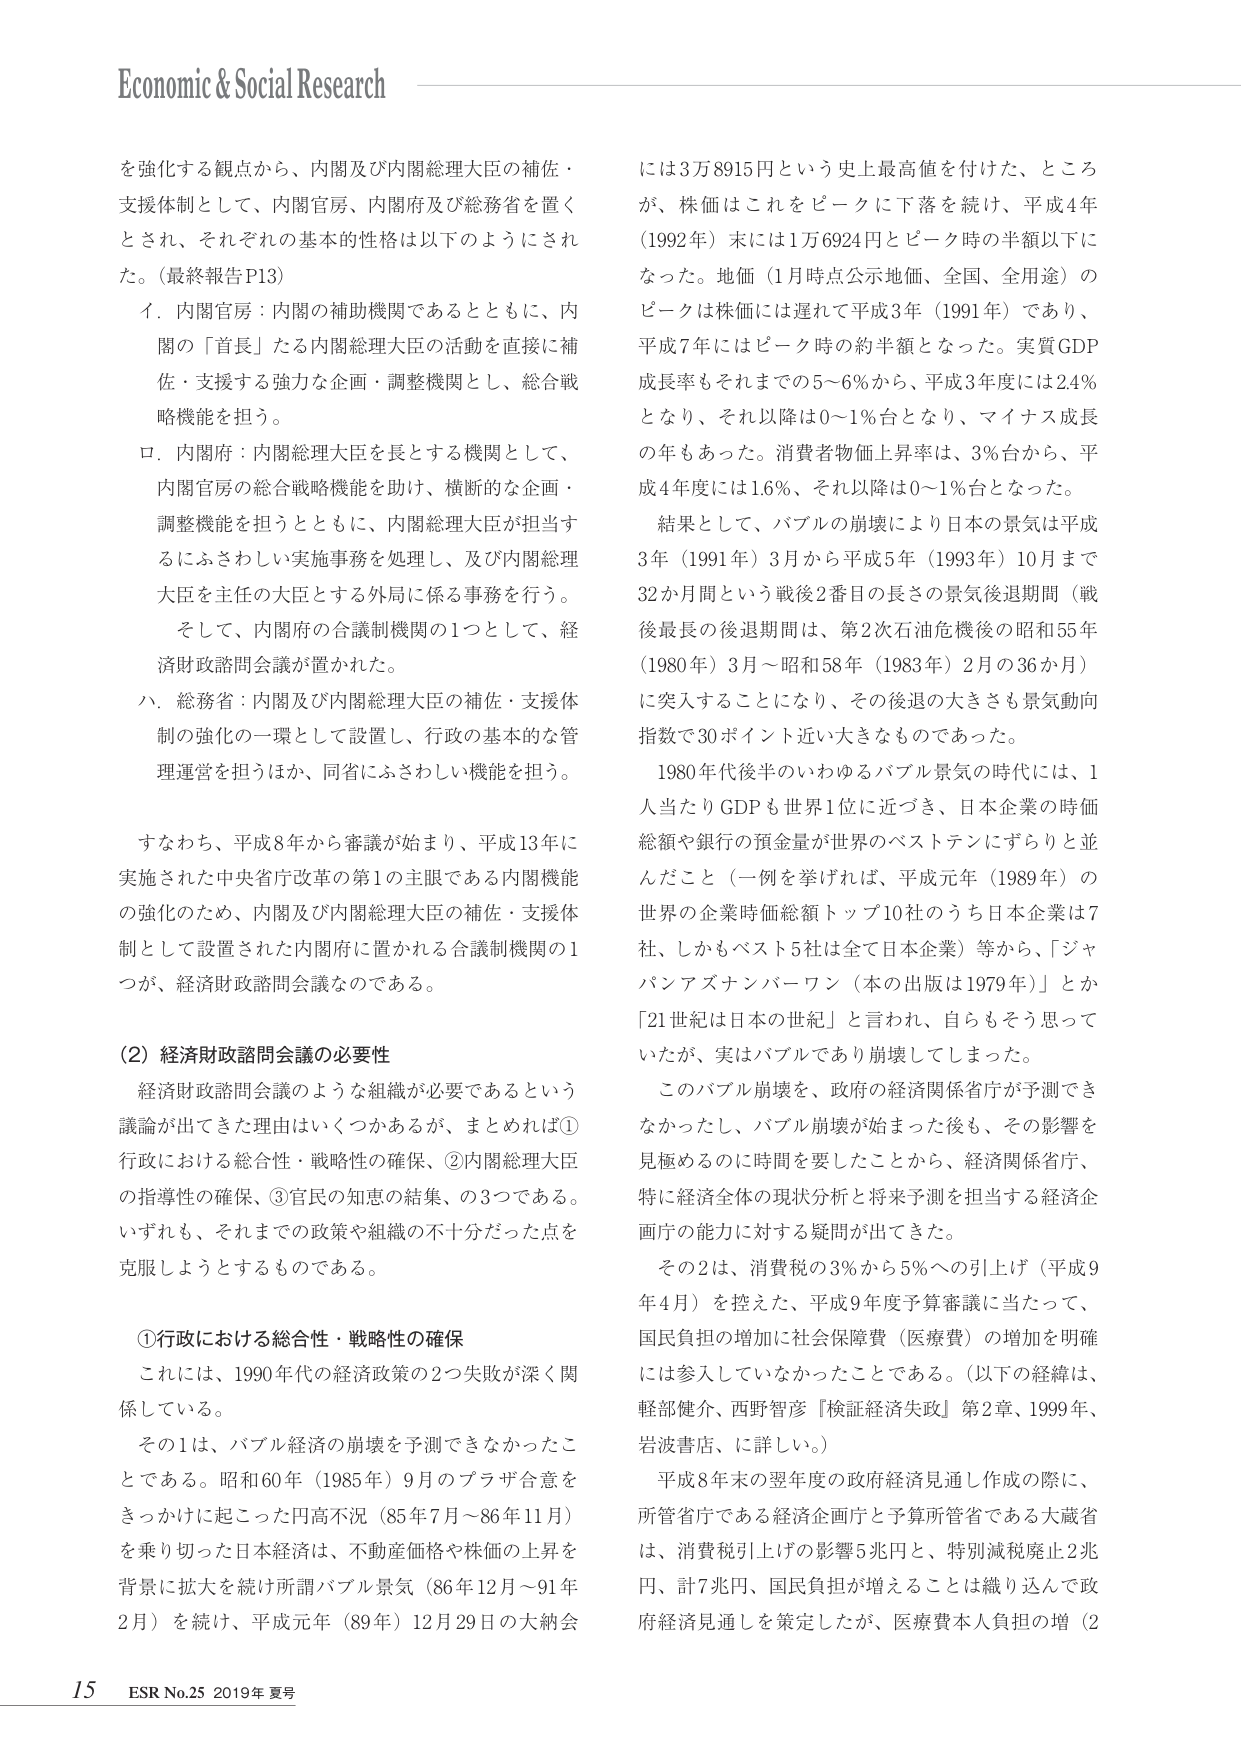
Economic & Social Research

を強化する観点から、内閣及び内閣総理大臣の補佐・
支援体制として、内閣官房、内閣府及び総務省を置く
とされ、それぞれの基本的性格は以下のようにされ
た。（最終報告P13）

イ．内閣官房：内閣の補助機関であるとともに、内
閣の「首長」たる内閣総理大臣の活動を直接に補
佐・支援する強力な企画・調整機関とし、総合戦
略機能を担う。

ロ．内閣府：内閣総理大臣を長とする機関として、
内閣官房の総合戦略機能を助け、横断的な企画・
調整機能を担うとともに、内閣総理大臣が担当す
るにふさわしい実施事務を処理し、及び内閣総理
大臣を主任の大臣とする外局に係る事務を行う。

そして、内閣府の合議制機関の1つとして、経
済財政諮問会議が置かれた。

ハ．総務省：内閣及び内閣総理大臣の補佐・支援体
制の強化の一環として設置し、行政の基本的な管
理運営を担うほか、同省にふさわしい機能を担う。

すなわち、平成8年から審議が始まり、平成13年に
実施された中央省庁改革の第1の主眼である内閣機能
の強化のため、内閣及び内閣総理大臣の補佐・支援体
制として設置された内閣府に置かれる合議制機関の1
つが、経済財政諮問会議なのである。

（2）経済財政諮問会議の必要性

経済財政諮問会議のような組織が必要であるという
議論が出てきた理由はいくつかあるが、まとめれば①
行政における総合性・戦略性の確保、②内閣総理大臣
の指導性の確保、③官民の知恵の結集、の3つである。
いずれも、それまでの政策や組織の不十分だった点を
克服しようとするものである。

①行政における総合性・戦略性の確保

これには、1990年代の経済政策の2つ失敗が深く関
係している。

その1は、バブル経済の崩壊を予測できなかったこ
とである。昭和60年（1985年）9月のプラザ合意を
きっかけに起こった円高不況（85年7月～86年11月）
を乗り切った日本経済は、不動産価格や株価の上昇を
背景に拡大を続け所謂バブル景気（86年12月～91年
2月）を続け、平成元年（89年）12月29日の大納会

には3万8915円という史上最高値を付けた、ところ
が、株価はこれをピークに下落を続け、平成4年
（1992年）末には1万6924円とピーク時の半額以下に
なった。地価（1月時点公示地価、全国、全用途）の
ピークは株価には遅れて平成3年（1991年）であり、
平成7年にはピーク時の約半額となった。実質GDP
成長率もそれまでの5～6％から、平成3年度には2.4％
となり、それ以降は0～1％台となり、マイナス成長
の年もあった。消費者物価上昇率は、3％台から、平
成4年度には1.6％、それ以降は0～1％台となった。

結果として、バブルの崩壊により日本の景気は平成
3年（1991年）3月から平成5年（1993年）10月まで
32か月間という戦後2番目の長さの景気後退期間（戦
後最長の後退期間は、第2次石油危機後の昭和55年
（1980年）3月～昭和58年（1983年）2月の36か月）
に突入することになり、その後退の大きさも景気動向
指数で30ポイント近く大きなものであった。

1980年代後半のいわゆるバブル景気の時代には、1
人当たりGDPも世界1位に近づき、日本企業の時価
総額や銀行の預金量が世界のベストテンにずらりと並
んだこと（一例を挙げれば、平成元年（1989年）の
世界の企業時価総額トップ10社のうち日本企業は7
社、しかもベスト5社は全て日本企業）等から、「ジャ
パンアズナンバーワン（本の出版は1979年）」とか
「21世紀は日本の世紀」と言われ、自らもそう思って
いたが、実はバブルであり崩壊してしまった。

このバブル崩壊を、政府の経済関係省庁が予測でき
なかったし、バブル崩壊が始まった後も、その影響を
見極めるのに時間を要したことから、経済関係省庁、
特に経済全体の現状分析と将来予測を担当する経済企
画庁の能力に対する疑問が出てきた。

その2は、消費税の3％から5％への引上げ（平成9
年4月）を控えた、平成9年度予算審議に当たって、
国民負担の増加に社会保障費（医療費）の増加を明確
には参入していなかったことである。（以下の経緯は、
軽部健介、西野智彦『検証経済失政』第2章、1999年、
岩波書店、に詳しい。）

平成8年末の翌年度の政府経済見通し作成の際に、
所管省庁である経済企画庁と予算所管省である大蔵省
は、消費税引上げの影響5兆円と、特別減税廃止2兆
円、計7兆円、国民負担が増えることは織り込んで政
府経済見通しを策定したが、医療費本人負担の増（2

15 ESR No.25 2019年 夏号